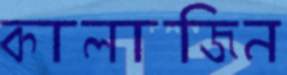
কালাজিন